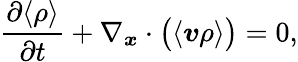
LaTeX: \frac{\partial\langle\rho\rangle}{\partial t}+\nabla_{\boldsymbol{x}}\cdot\big(\langle\boldsymbol{v}\rho\rangle\big)=0,